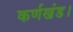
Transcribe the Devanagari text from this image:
कर्णखंड।